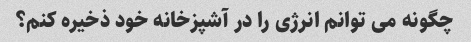
چگونه می توانم انرژی را در آشپزخانه خود ذخیره کنم؟